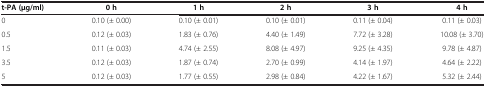
<table><thead><tr><td><b>t-PA (μg/ml)</b></td><td><b>0 h</b></td><td><b>1 h</b></td><td><b>2 h</b></td><td><b>3 h</b></td><td><b>4 h</b></td></tr></thead><tbody><tr><td>0</td><td>0.10 (± 0.00)</td><td>0.10 (± 0.01)</td><td>0.10 (± 0.01)</td><td>0.11 (± 0.04)</td><td>0.11 (± 0.03)</td></tr><tr><td>0.5</td><td>0.12 (± 0.03)</td><td>1.83 (± 0.76)</td><td>4.40 (± 1.49)</td><td>7.72 (± 3.28)</td><td>10.08 (± 3.70)</td></tr><tr><td>1.5</td><td>0.11 (± 0.03)</td><td>4.74 (± 2.55)</td><td>8.08 (± 4.97)</td><td>9.25 (± 4.35)</td><td>9.78 (± 4.87)</td></tr><tr><td>3.5</td><td>0.12 (± 0.03)</td><td>1.87 (± 0.74)</td><td>2.70 (± 0.99)</td><td>4.14 (± 1.97)</td><td>4.64 (± 2.22)</td></tr><tr><td>5</td><td>0.12 (± 0.03)</td><td>1.77 (± 0.55)</td><td>2.98 (± 0.84)</td><td>4.22 (± 1.67)</td><td>5.32 (± 2.44)</td></tr></tbody></table>